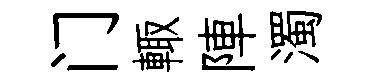
门輙陣濁